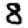
Digit: 8